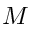
M